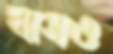
ঘাসও